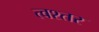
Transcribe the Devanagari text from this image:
त्वश्तर